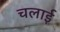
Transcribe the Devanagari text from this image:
चलार्इ